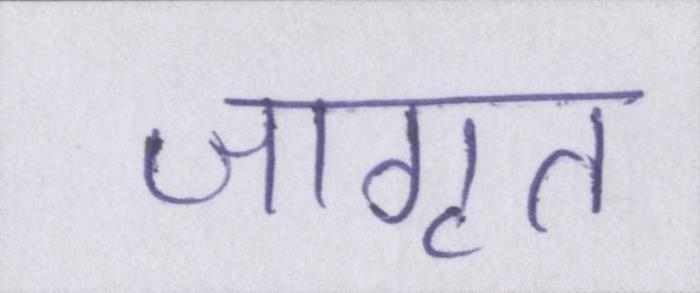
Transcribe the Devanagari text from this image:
जागृत